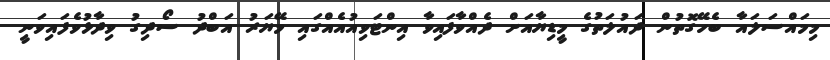
މިމައްސަލައާ ބެހޭގޮތުން ދައުލަތުގެ މީޑިޔާއަށް ދެއްވާފައިވާ އިންޓަވިއުއެއްގައި މޭޔަރު އަބްދު ސޯދިގު ވިދާޅުވެފައިވަނީ